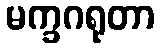
မက္ခဂရုတာ